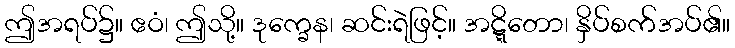
ဤအရပ်၌။ ဧဝံ၊ ဤသို့။ ဒုက္ခေန၊ ဆင်းရဲဖြင့်။ အဋ္ဋိတော၊ နှိပ်စက်အပ်၏။